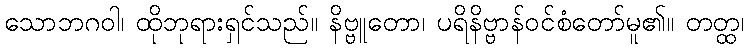
သောဘဂဝါ၊ ထိုဘုရားရှင်သည်။ နိဗ္ဗူတော၊ ပရိနိဗ္ဗာန်ဝင်စံတော်မူ၏။ တတ္ထ၊